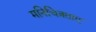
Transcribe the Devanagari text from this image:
मनिचित्रताए